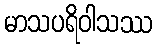
မာသပရိဝါသဿ